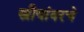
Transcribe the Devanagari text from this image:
स्त्रीयांवरचे